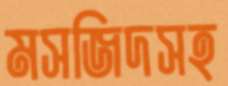
মসজিদসহ